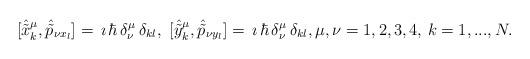
LaTeX: \begin{align*}[\hat{\tilde{x}}^\mu_k,\hat{\tilde{p}} _{\nu x_l}]= \,\imath\,\hbar\,\delta^\mu_\nu\,\delta_{kl},\,\,[\hat{\tilde{y}}^\mu_k,\hat{\tilde{p}} _{\nu y_l}]=\, \imath\,\hbar\,\delta^\mu_\nu\,\delta_{kl},\mu,\nu=1,2,3,4,\, k=1,...,N.\end{align*}